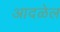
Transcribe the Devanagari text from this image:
आदळेल